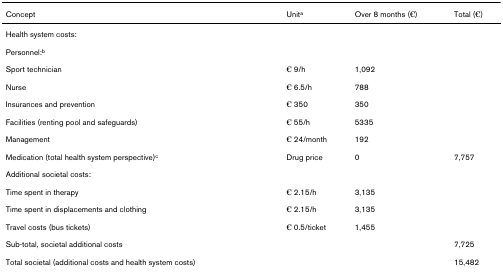
<table><thead><tr><td><b>Concept</b></td><td><b>Unit<sup>a</sup></b></td><td><b>Over 8 months (€)</b></td><td><b>Total (€)</b></td></tr></thead><tbody><tr><td>Health system costs:</td><td></td><td></td><td></td></tr><tr><td>Personnel:<sup>b</sup></td><td></td><td></td><td></td></tr><tr><td>Sport technician</td><td>€ 9/h</td><td>1,092</td><td></td></tr><tr><td>Nurse</td><td>€ 6.5/h</td><td>788</td><td></td></tr><tr><td>Insurances and prevention</td><td>€ 350</td><td>350</td><td></td></tr><tr><td>Facilities (renting pool and safeguards)</td><td>€ 55/h</td><td>5335</td><td></td></tr><tr><td>Management</td><td>€ 24/month</td><td>192</td><td></td></tr><tr><td>Medication (total health system perspective)<sup>c</sup></td><td>Drug price</td><td>0</td><td>7,757</td></tr><tr><td>Additional societal costs:</td><td></td><td></td><td></td></tr><tr><td>Time spent in therapy</td><td>€ 2.15/h</td><td>3,135</td><td></td></tr><tr><td>Time spent in displacements and clothing</td><td>€ 2.15/h</td><td>3,135</td><td></td></tr><tr><td>Travel costs (bus tickets)</td><td>€ 0.5/ticket</td><td>1,455</td><td></td></tr><tr><td>Sub-total, societal additional costs</td><td></td><td></td><td>7,725</td></tr><tr><td>Total societal (additional costs and health system costs)</td><td></td><td></td><td>15,482</td></tr></tbody></table>